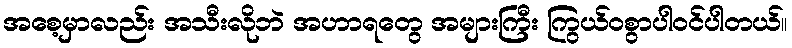
အစေ့မှာလည်း အသီးလိုဘဲ အဟာရတွေ အများကြီး ကြွယ်ဝစွာပါဝင်ပါတယ်။